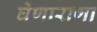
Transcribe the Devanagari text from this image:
घेणाराणा